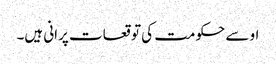
او سے حکومت کی توقعات پرانی ہیں۔